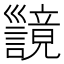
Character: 𫶪